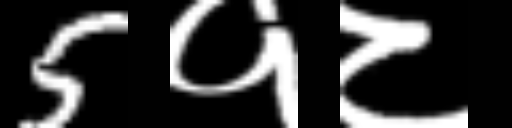
Text: 5१८